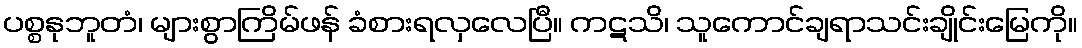
ပစ္စနုဘူတံ၊ များစွာကြိမ်ဖန် ခံစားရလှလေပြီ။ ကဋသိ၊ သူကောင်ချရာသင်းချိုင်းမြေကို။